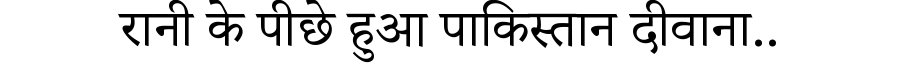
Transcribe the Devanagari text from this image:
रानी के पीछे हुआ पाकिस्तान दीवाना..